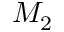
M _ { 2 }